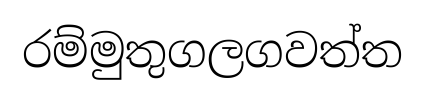
රම්මුතුගලගවත්ත